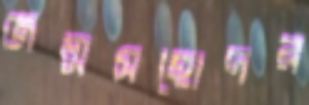
জন্মসহোদর